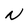
Character: N